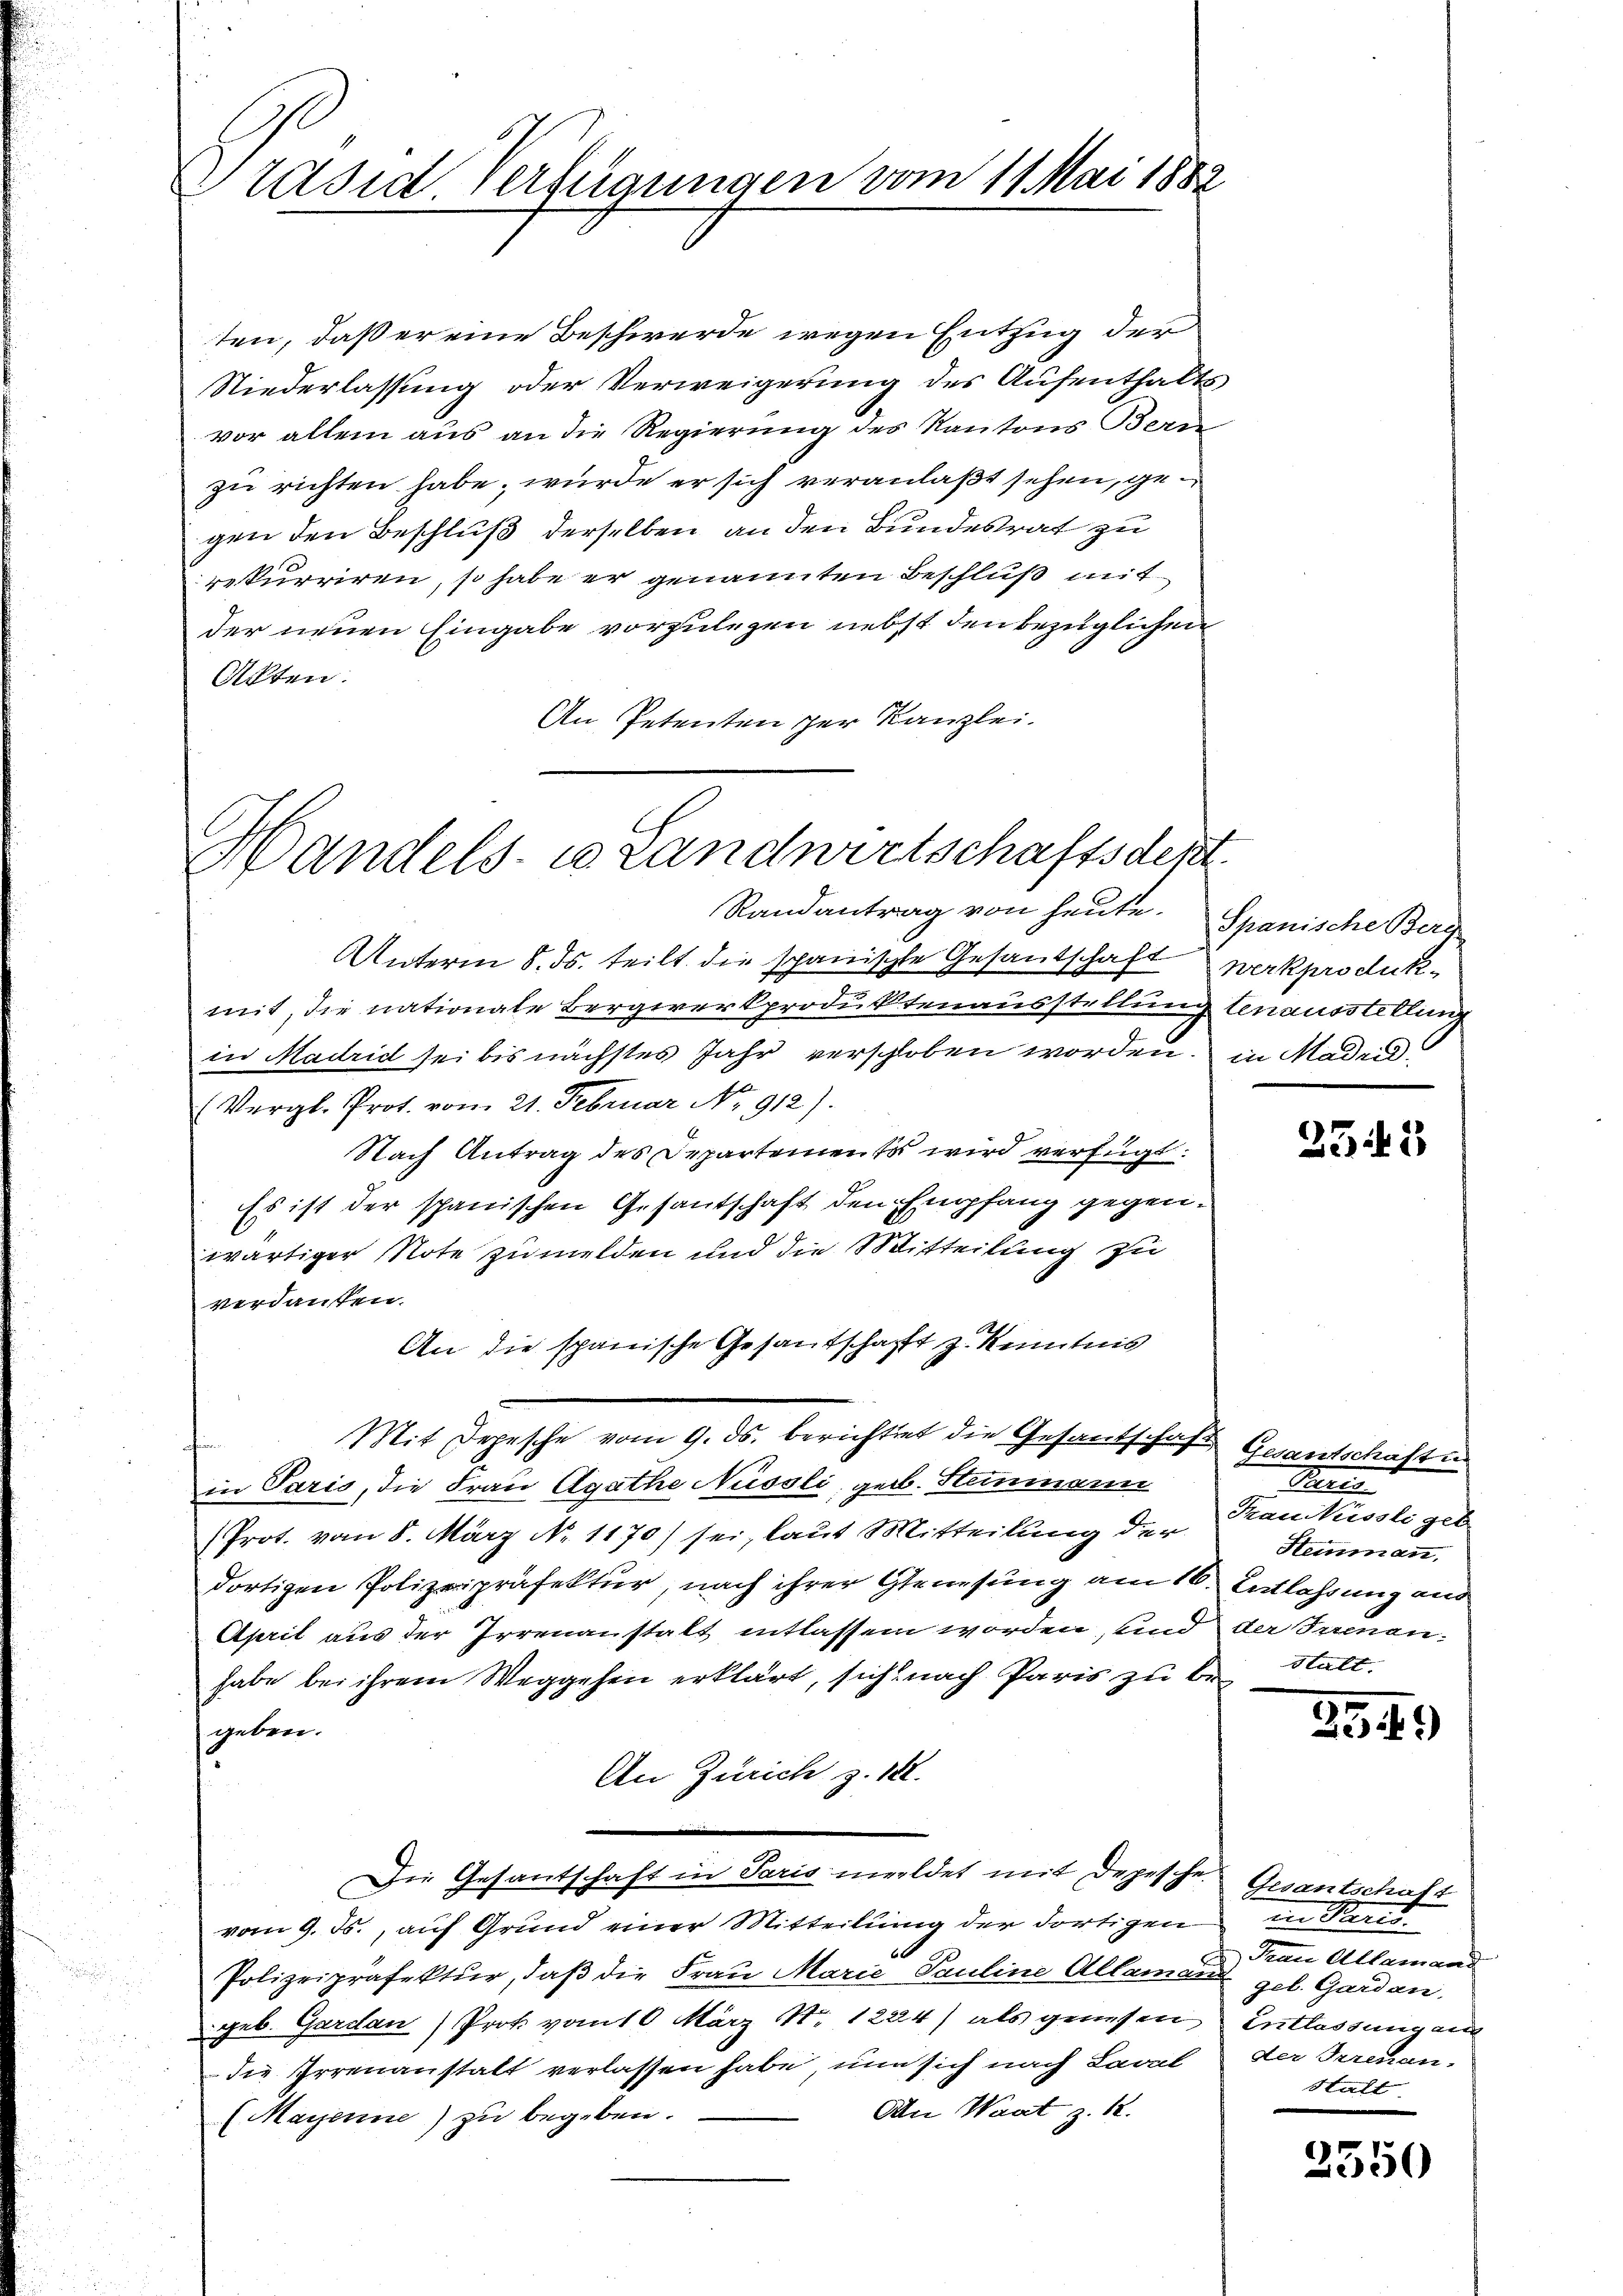
Präside Vertraungen vom 11. Mai 1882

ten, daß er eine Beschwerde wegen Entzug der
Niederlassung oder Verweigerung des Aufenthalts
vor allem aus an die Regierung des Kantons Bern
zu richten habe, wurde er sich veranlaßt sehen, gegen den Beschluß derselben an den Bundesrat zu
rekurriren, so habe er genannten Beschluß mit
der neuen Eingabe vorzulegen nebst den bezüglichen
Akten.
An Petenten der Kanzlei.

Handels- u Landwirtschaftsdest
Randantrag von heute. Spanische Berg

Unterm 8. ds. teilt die spanische Gesandschaft werkproduk-
mit, die nationale Bergirerkproduktenausstellung benausstellung
in Madrid sei bis nächstes Jahr verschloben worden, in Madrid¬
(Vergl. Prot. vom 21. Februar No. 912).
Nach Antrag des Departements wird verfügt:
Es ist der spanischen Gesandschaft den Empfang gegenwärtiger Note zumelden und die Mitteilung zu
verdanken.
An die spanische Gesantschafft z. Kenntnis
Mit Depesche vom 9. ds. berichtet die Gesandschaft Gesandtschaften
afin
in Paris, die Frau Agathe Nüssli, geb. Steinmann
(Prot. vom 8. März No. 1170) sei, laut Mitteilung der
dortigen Polizeipräfektur, nach ihrer Genesung am 16. Entlassung aus
April aus der Irrenanstalt entlassen worden, und der Irenanhabe bei ihrem Weggehen erklärt, sich nach Paris zu begeben.
An Zürich z. 182.
Die Gesantschaft in Paris meldet mit Depesche
vom 9. ds., auf Grund einer Mitteilung der dortigen
Polizeipräfektur, daß die Frau Marie Pauline Allamant gel. Garden.
geb. Gardan Prot vom 10 März Nr. 1224) als genesen Entlassung aus
die Irrenanstalt verlassen habe, nun sich nach Caval
An Waat z. 12.
(Mayerne) zu begeben.

2548

Bet
Trautkisste geb
Steinmann.
stalt.

2349

Gesantschaft
in Bened
Frau Allemand
der Irrenan-
stalt

2550